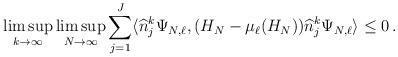
LaTeX: \begin{align*} \limsup_{k\to \infty} \limsup_{N\to \infty}\sum_{j=1}^{J} \langle \widehat n_j^k \Psi_{N,\ell}, (H_N - \mu_\ell(H_N) ) \widehat n_j^k \Psi_{N,\ell} \rangle \le 0\,.\end{align*}